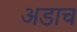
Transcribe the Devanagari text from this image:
अडाच